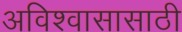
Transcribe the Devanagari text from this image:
अविश्‍वासासाठी